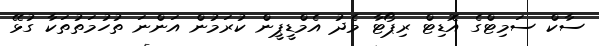
ސާކް ސަމިޓްގެ އޮޑިޓް ރިޕޯޓާ މެދު އެމްޑީޕީން ކުރަމުން އަންނަ ތުހުމަތުތަކާ ގުޅޭ